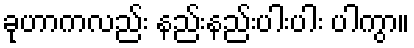
ခုဟာကလည်း နည်းနည်းပါးပါး ပါကွာ။